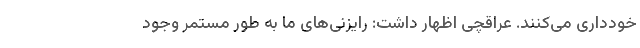
خودداری می‌کنند. عراقچی اظهار داشت: رایزنی‌های ما به طور مستمر وجود